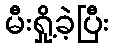
မီးရှို့ခဲ့ပြီး